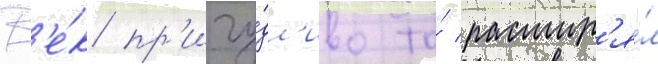
В'е́к пр'ичу́дл'иво то́ расшир'я́л